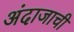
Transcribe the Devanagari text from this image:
अंदाजाची